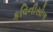
કવિનીસોળ